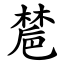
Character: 㯄